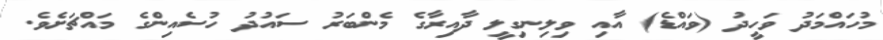
މުހައްމަދު ވަހީދު (ވައްޑެ) އާއި ވިލިނގިލީ ދާއިރާގެ މެންބަރު ސައުދު ހުސެއިންގެ މައްޗަށެވެ.